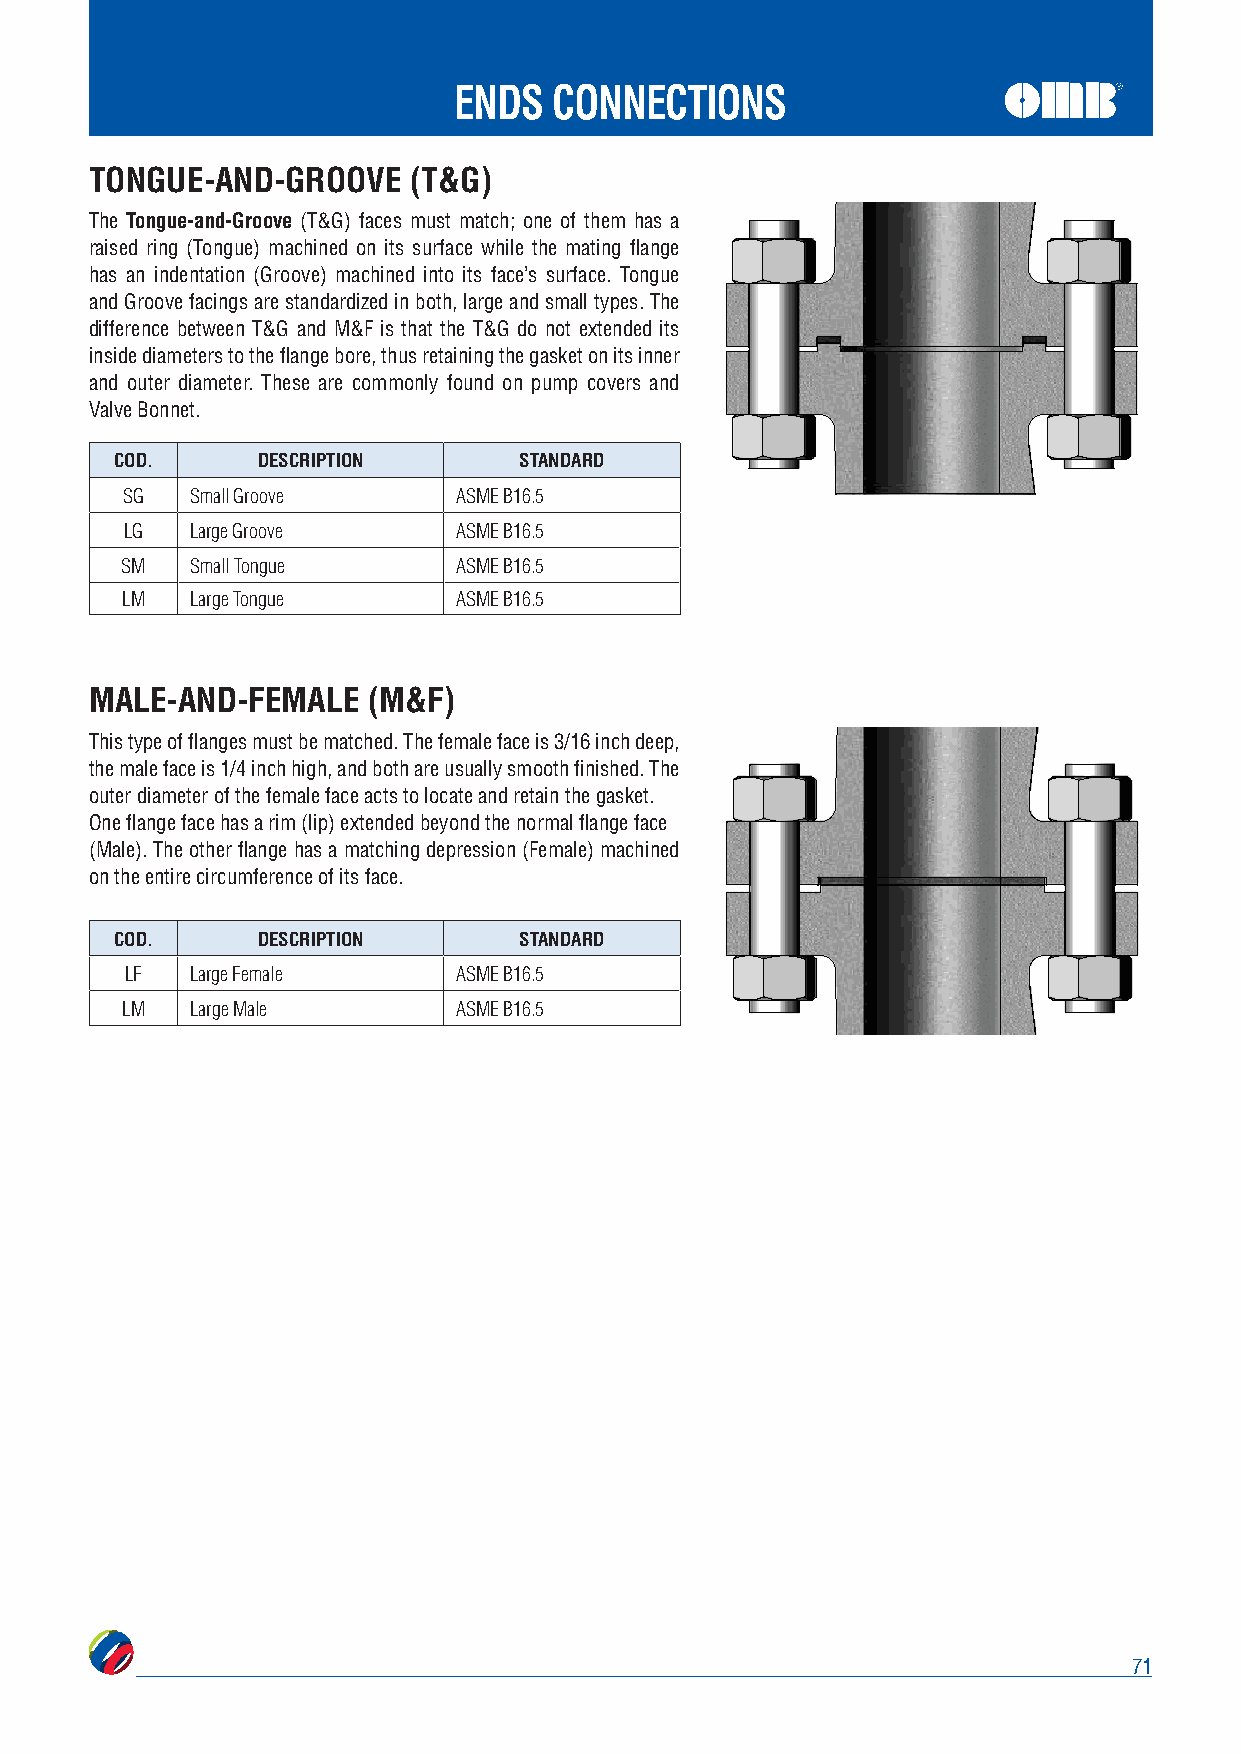
ENDS   CONNECTIONS
 TONGUE-AND-GROOVE    (T&G)
 The Tongue-and-Groove (T&G) faces must match; one of them has a
 raised ring (Tongue) machined on its surface while the mating flange
 has an indentation (Groove) machined into its face’s surface. Tongue
 and Groove facings are standardized in both, large and small types. The
 difference between T&G and M&F is that the T&G do not extended its
 inside diameters to the flange bore, thus retaining the gasket on its inner
 and outer diameter. These are commonly found on pump covers and
 Valve Bonnet.
 COD.     DESCRIPTION      STANDARD
 SG   Small Groove     ASME B16.5
 LG   Large Groove     ASME B16.5
 SM   Small Tongue     ASME B16.5
 LM   Large Tongue     ASME B16.5
 MALE-AND-FEMALE   (M&F)
 This type of flanges must be matched. The female face is 3/16 inch deep,
 the male face is 1/4 inch high, and both are usually smooth finished. The
 outer diameter of the female face acts to locate and retain the gasket.
 One flange face has a rim (lip) extended beyond the normal flange face
 (Male). The other flange has a matching depression (Female) machined
 on the entire circumference of its face.
 COD.     DESCRIPTION      STANDARD
 LF   Large Female     ASME B16.5
 LM   Large Male       ASME B16.5
 71